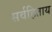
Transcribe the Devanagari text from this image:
सर्वहिताय